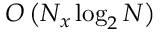
O \left( N _ { x } \log _ { 2 } N \right)